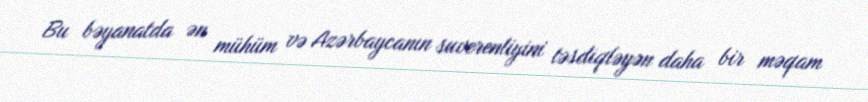
Bu bəyanatda ən mühüm və Azərbaycanın suverenliyini təsdiqləyən daha bir məqam